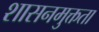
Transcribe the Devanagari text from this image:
शासनमुक्तता